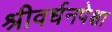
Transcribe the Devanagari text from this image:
श्रीवर्धनपेक्षा